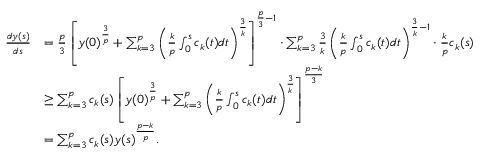
\begin{array} { r l } { \frac { d y ( s ) } { d s } } & { = \frac { p } { 3 } \left[ y ( 0 ) ^ { \frac { 3 } { p } } + \sum _ { k = 3 } ^ { p } \left( \frac { k } { p } \int _ { 0 } ^ { s } c _ { k } ( t ) d t \right) ^ { \frac { 3 } { k } } \right] ^ { \frac { p } { 3 } - 1 } \cdot \sum _ { k = 3 } ^ { p } \frac { 3 } { k } \left( \frac { k } { p } \int _ { 0 } ^ { s } c _ { k } ( t ) d t \right) ^ { \frac { 3 } { k } - 1 } \cdot \frac { k } { p } c _ { k } ( s ) } \\ & { \ge \sum _ { k = 3 } ^ { p } c _ { k } ( s ) \left[ y ( 0 ) ^ { \frac { 3 } { p } } + \sum _ { k = 3 } ^ { p } \left( \frac { k } { p } \int _ { 0 } ^ { s } c _ { k } ( t ) d t \right) ^ { \frac { 3 } { k } } \right] ^ { \frac { p - k } { 3 } } } \\ & { = \sum _ { k = 3 } ^ { p } c _ { k } ( s ) y ( s ) ^ { \frac { p - k } { p } } . } \end{array}